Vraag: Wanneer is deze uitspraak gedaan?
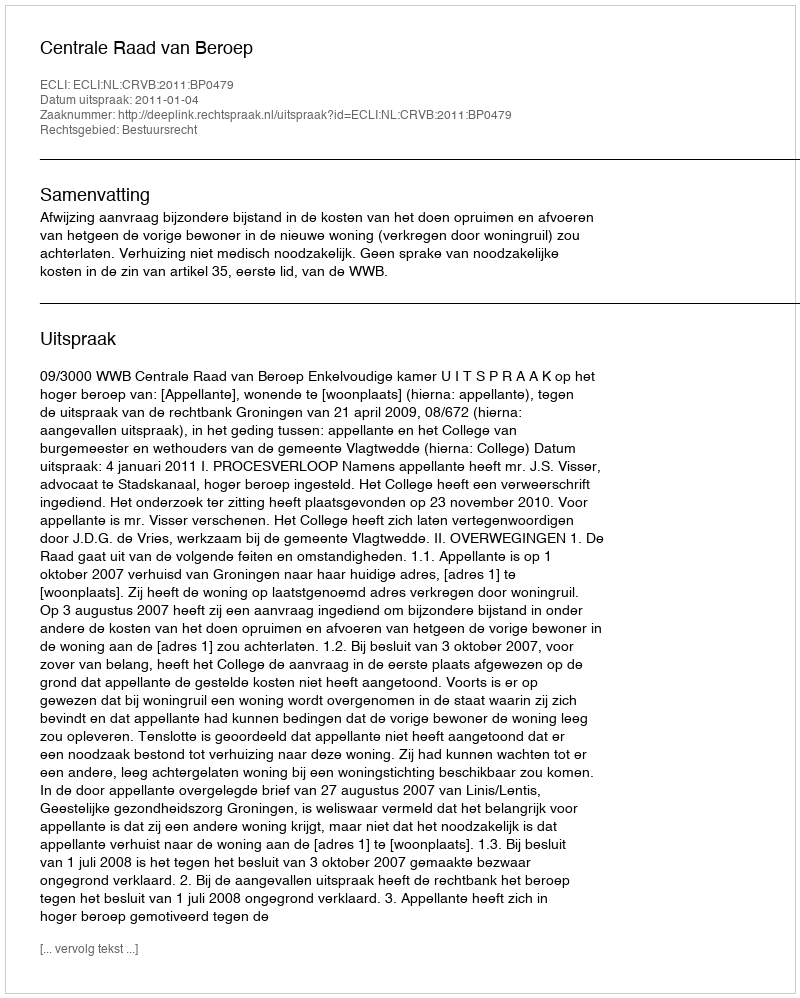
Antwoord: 2011-01-04